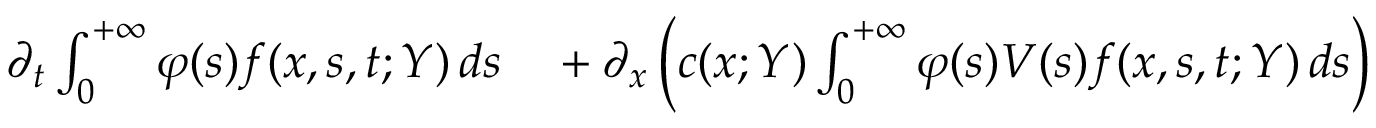
\begin{array} { r l } { \partial _ { t } \int _ { 0 } ^ { + \infty } \varphi ( s ) f ( x , s , t ; Y ) \, d s } & { { } + \partial _ { x } \left( c ( x ; Y ) \int _ { 0 } ^ { + \infty } \varphi ( s ) V ( s ) f ( x , s , t ; Y ) \, d s \right) } \end{array}